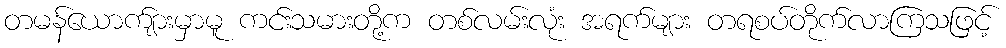
တမန်ယောက်ျားမှာမူ ကင်းသမားတို့က တစ်လမ်းလုံး အရက်များ တရစပ်တိုက်လာကြသဖြင့်